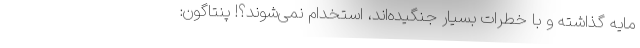
مایه گذاشته و با خطرات بسیار جنگیده‌اند، استخدام نمی‌شوند؟! پنتاگون: